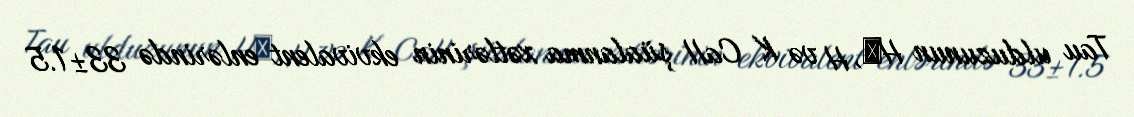
Tau ulduzunun Hβ, H və K CaII şüalanma xətlərinin ekvivalent enlərində 33±1.5